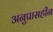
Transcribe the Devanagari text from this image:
अनुप्रासहीन